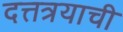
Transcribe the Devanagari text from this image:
दत्तत्रयाची